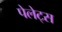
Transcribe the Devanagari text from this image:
पेलेट्स